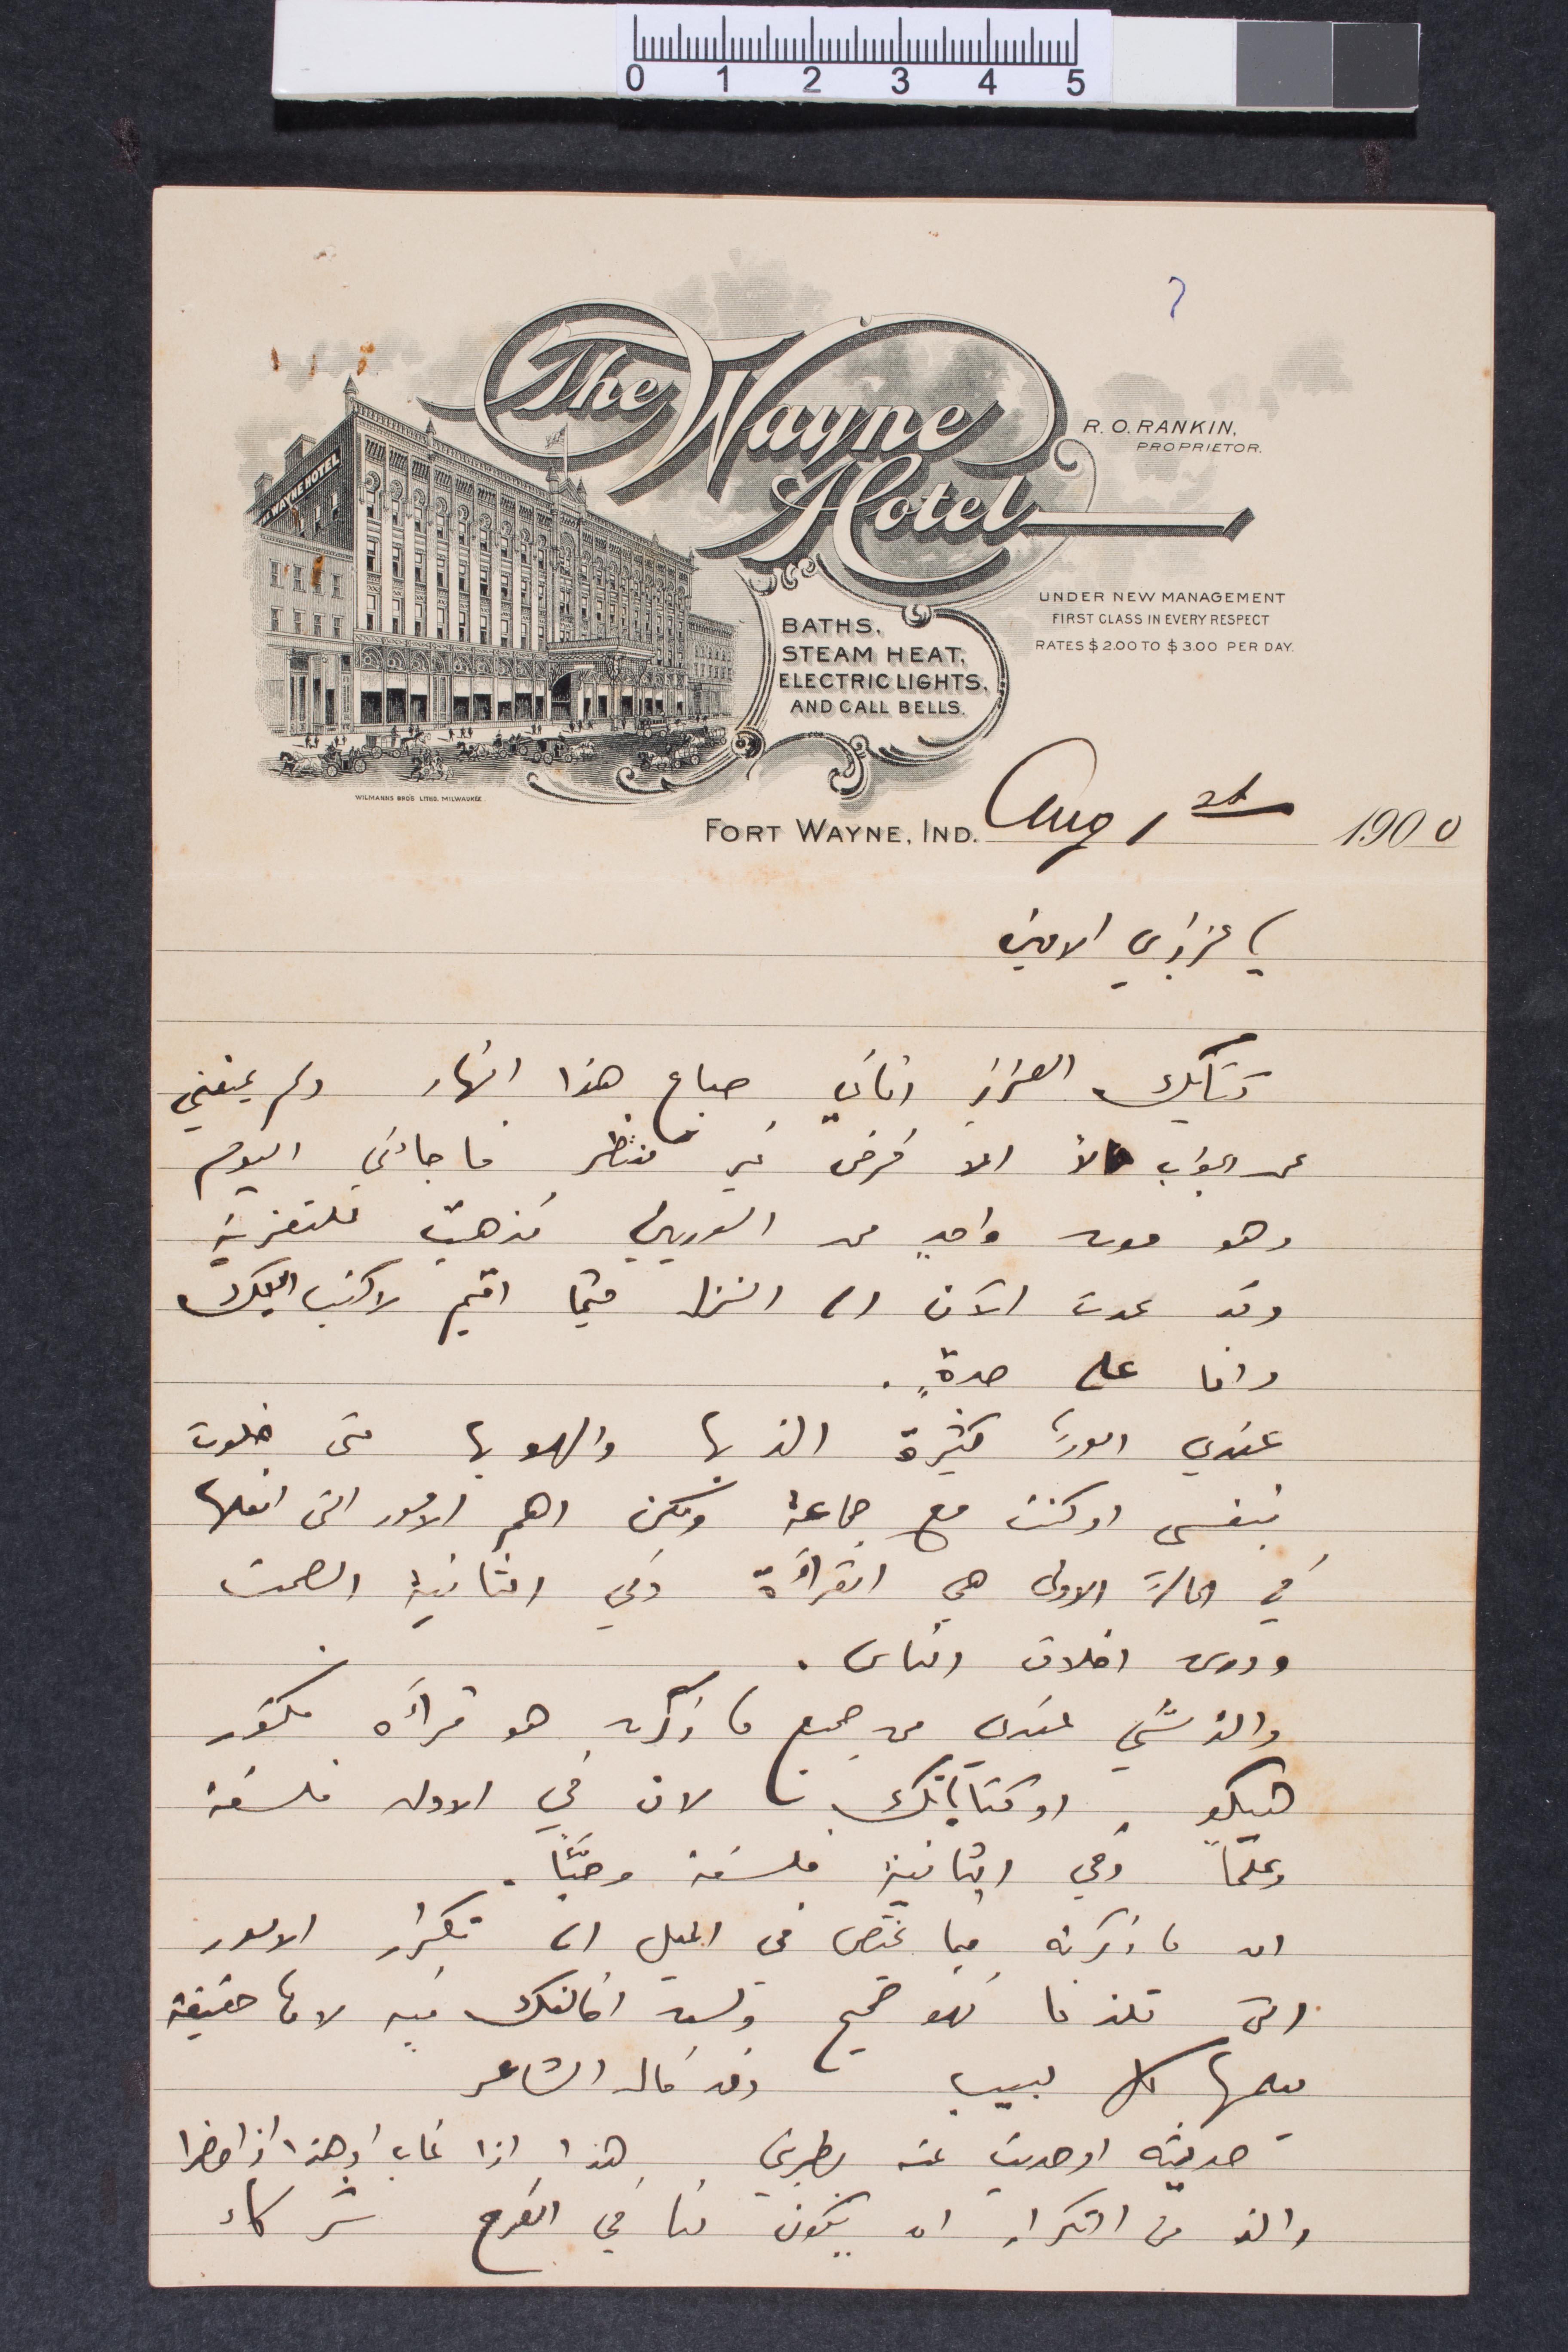
يا عزيزي الأمين
كتابك العزيز اتاني صباح هذا النهار ولم يمنعني
عن الجواب لأ الا فرض غير منتظر ما جاءني اليوم
وهو موت واحد من السوريين فذهبت للتعزية
وقد عدت الآن  الى المنزل حيثما أقيم لاكتب اليك
وانا على حدة.
عندي أمور كثيرة الذ بها والهو بها متى خلوت
بنفسي او كنت مع جماعة ولكن اهم الأمور التي افعلها
في الحالة الأولى هي القراءة وفي الثانية الصمت
ودرس اخلاق الناس.
والذ شيء عندي من جميع ما ذكرت هو قراءة فكتور
هيكو. او كتاباتك لان في الأولى فلسفة
وعلمًا وفي الثانية فلسفة وحبًا.
ان ما ذكرته فيما يختص في الجمل الى تكرار الأمور
التي تلذنا فهو صحيح ولست اخالفك فيه لانها حقيقة
مثلما كل حبيب وقد قال الشاعر
حديثه او حديث عنه  يطربني هذا اذا غاب أو هذا اذا حضرا
والذ من التكرار ان يكون لنا في الفرح شركاء
FORT WAYNE.IND. aug 1 21 1900